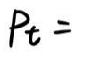
$P_{t}=$